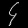
Digit: ၄